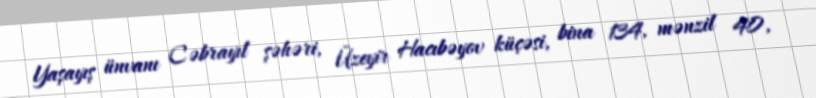
Yaşayış ünvanı Cəbrayıl şəhəri, Üzeyir Hacıbəyov küçəsi, bina 134, mənzil 40,